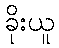
ခိုးယူ